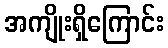
အကျိုးရှိကြောင်း